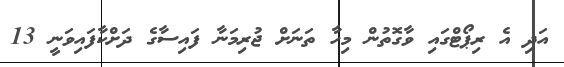
އަދި އެ ރިޕޯޓްގައި ވާގޮތުން މިހާ ތަނަށް ޖުރިމަނާ ފައިސާގެ ދަށްކާފައިވަނީ 13